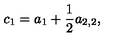
c _ { 1 } = a _ { 1 } + \frac 1 2 a _ { 2 , 2 } ,